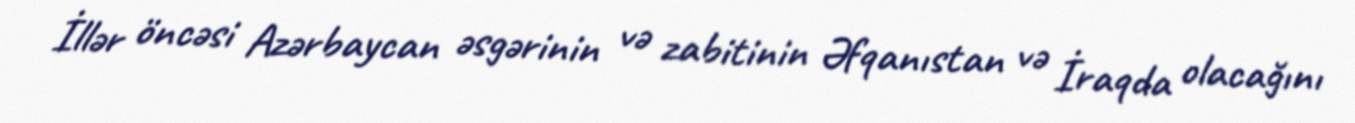
İllər öncəsi Azərbaycan əsgərinin və zabitinin Əfqanıstan və İraqda olacağını